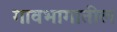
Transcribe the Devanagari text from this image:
गावभागातील